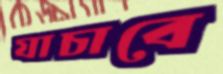
যাচাবে